Scottish Certificate of Education, 1963
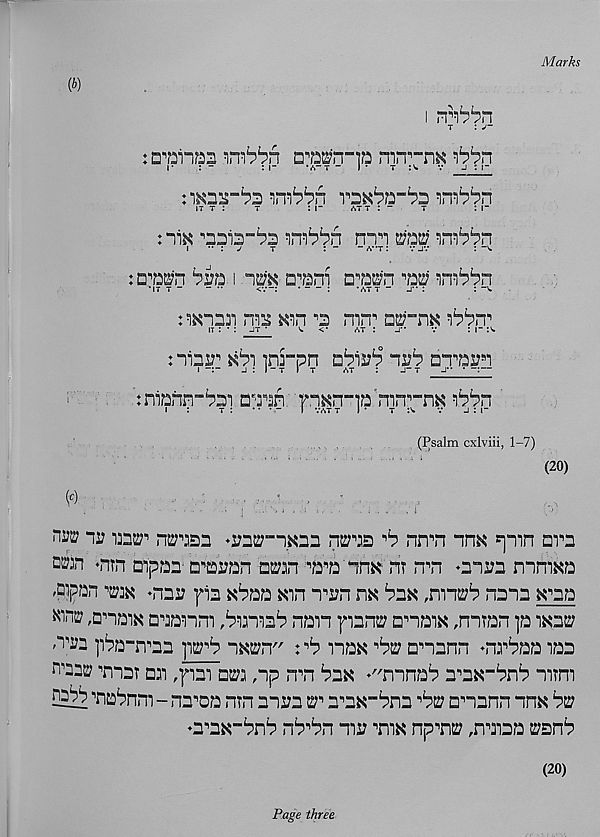
Marks
i '
i t : J~
: m“m
cmn-p mn ,, "n^ ^rt
r
: -
: r
■ a - t - I • t :v. v j : i-
it t :
t
: i“
at t : “
t
: r
: "liK
'inibb'n
mui irn^^n
i " \ j
t
: “ - A"T: vjv
: ~v.
: c^n
i
□ , ’ani n^a^n'm
it t ”
“ *•
<v~:
:
*att “ j" :
: -v.
nxnn^ ms wn ^ mn" o^-nK ^rr
,T : ’ : JT ’
v <•
at : j**
v
: i- i' w
:
mrpn
ih 1 ? □T’a^
:nianp“Pai : aaan: ^n"]a' nirr-n^ ibin
(Psalm cxlviii, 1-7)
(20)
0
- . ;
■ ;
'
■
"
. ,
wv
i^u}' nmzi >ynw-iia2
^ nn^n
spin am
own ‘Hin aipaa-a^an ikanp^a nn^ rir n n n oni;a mnixa
,Qipan m *nnu ^ia x^aa xm n^n nx ^ax ,0112;^ nana x^aa
Kin^ P’naix aaanm ,bima^ nan pant:; anaix ,nnran p ixas;
^2 pba-n^aa
nxt^n"
max ^ anann -nr^aa laa
W22w mar an piai nm ,np nn bax -"nnna^ anx-^nn mm
^21 "na^nm - nana nrn anaa w anx-bna 'bw anann nnx bw
♦anx-bn*? nb^bn ma mx npns? ,nmaa 2;snb
(20)
Page three